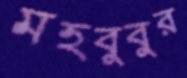
মহবুবুর